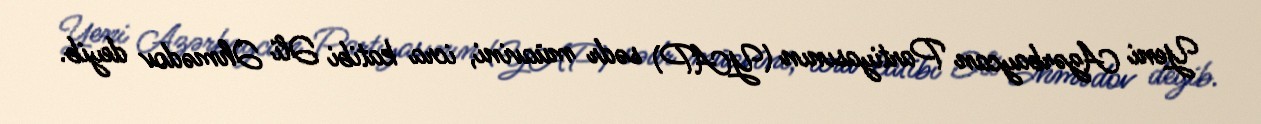
Yeni Azərbaycan Partiyasının (YAP) sədr müavini, icra katibi Əli Əhmədov deyib.